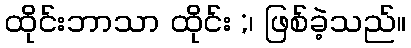
ထိုင်းဘာသာ ထိုင်း ;၊ ဖြစ်ခဲ့သည်။